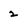
Character: 2